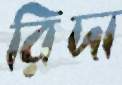
রিদা